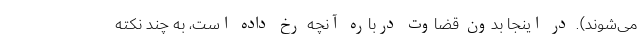
می‌شوند). در اینجا بدون قضاوت درباره آنچه رخ داده است، به چند نکته